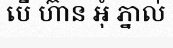
បើ ហ៊ាន អុំ ភ្នាល់